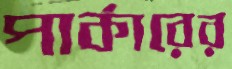
পার্কারের